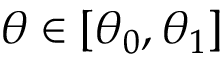
\theta \in [ \theta _ { 0 } , \theta _ { 1 } ]